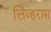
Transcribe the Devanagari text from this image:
लिव्हरास